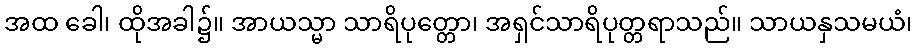
အထ ခေါ၊ ထိုအခါ၌။ အာယသ္မာ သာရိပုတ္တော၊ အရှင်သာရိပုတ္တရာသည်။ သာယနှသမယံ၊